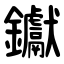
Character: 钀